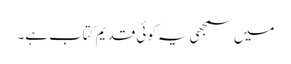
میں سمجھی یہ کوئی قدیم کتاب ہے۔